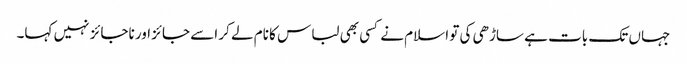
جہاں تک بات ہے ساڑھی کی تو اسلام نے کسی بھی لباس کا نام لے کر اسے جائز اور ناجائز نہیں کہا۔